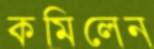
কমিলেন